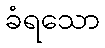
ခံရသော